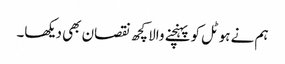
ہم نے ہوٹل کو پہنچنے والا کچھ نقصان بھی دیکھا۔